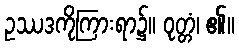
ဥဿဒကိုကြားရာ၌။ ဝုတ္တံ၊ ၏။